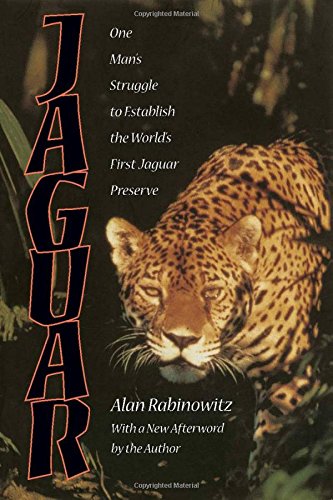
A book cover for Jaguar: One Man's Struggle To Establish The World's First Jaguar Preserve; Alan Rabinowitz; Sports & Outdoors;